画像に写った文字を読んでください
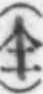
「(仝)」と書いてあります